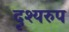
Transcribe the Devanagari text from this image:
दृश्यरुप